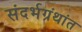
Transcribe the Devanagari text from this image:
संदर्भग्रंथांत